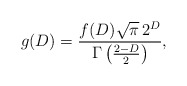
\begin{align*}g(D)=\frac{f(D)\sqrt{\pi}\,2^{D}}{\Gamma\left(\frac{2-D}{2}\right)},\end{align*}